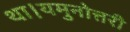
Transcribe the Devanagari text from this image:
था।यमुनोत्तरी